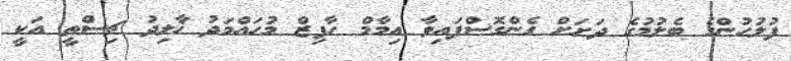
ފުލުހުންގެ ބެލުމުގެ ދަށަށް ގެންގޮސްފައިވާ އިމާމް ހާފިޒް މުހައްމަދު ޚާލިދު ޗިސްތީ އަކީ